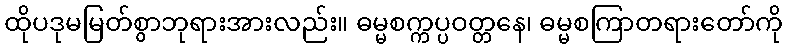
ထိုပဒုမမြတ်စွာဘုရားအားလည်း။ ဓမ္မစက္ကပ္ပဝတ္တနေ၊ ဓမ္မစကြာတရားတော်ကို